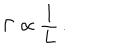
LaTeX: \Gamma \propto \frac { 1 } { L } \, .